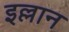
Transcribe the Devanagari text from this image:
इल्लान